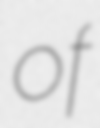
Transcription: of